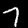
Digit: 7